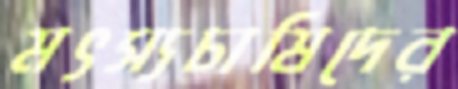
মৎস্যচাষিদের